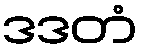
ဒဒတံ